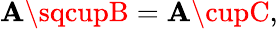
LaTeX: \mathbf{A}\sqcupB=\mathbf{A}\cupC,